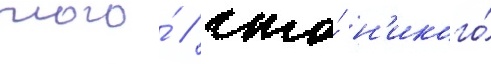
того́ / что́ н'икого́